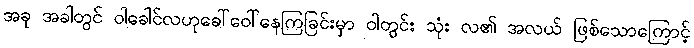
အခု အခါတွင် ဝါခေါင်လဟုခေါ်ဝေါ်နေကြခြင်းမှာ ဝါတွင်း သုံး လ၏ အလယ် ဖြစ်သောကြောင့်